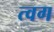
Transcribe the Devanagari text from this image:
त्वग